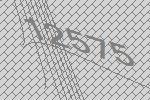
12575